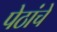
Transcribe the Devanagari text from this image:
पेठांचे